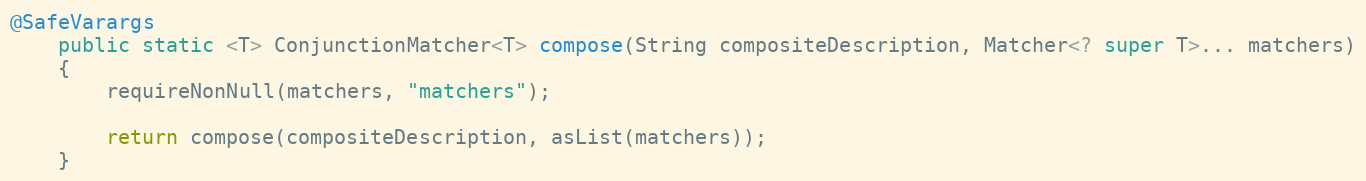
Language: Java
@SafeVarargs
	public static <T> ConjunctionMatcher<T> compose(String compositeDescription, Matcher<? super T>... matchers)
	{
		requireNonNull(matchers, "matchers");

		return compose(compositeDescription, asList(matchers));
	}